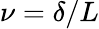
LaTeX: \nu=\delta/L